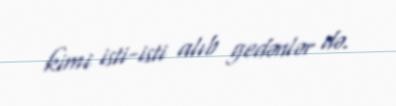
kimi isti-isti alıb gedənlər də.